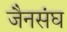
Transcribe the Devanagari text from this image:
जैनसंघ